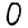
Digit: 0